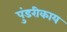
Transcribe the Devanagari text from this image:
पुंडरीकाय